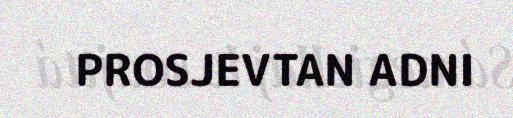
PROSJEVTAN ADNI